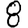
Digit: 8